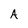
Character: A